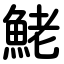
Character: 鮱